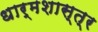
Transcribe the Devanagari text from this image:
धार्मशास्त्र